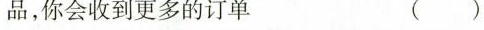
品，你会收到更多的订单 ()